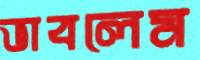
ভাবলেম